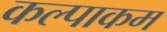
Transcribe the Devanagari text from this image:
कल्पाकम